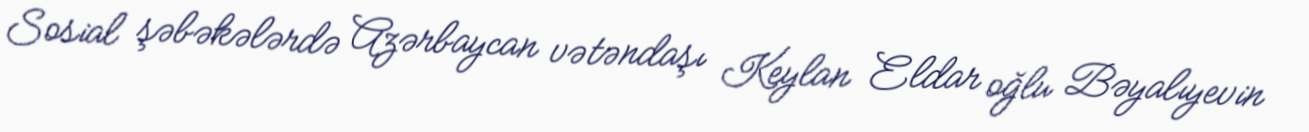
Sosial şəbəkələrdə Azərbaycan vətəndaşı Keylan Eldar oğlu Bəyalıyevin